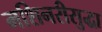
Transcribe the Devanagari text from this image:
मशिनरीसुद्धा